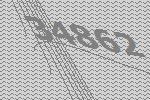
34862